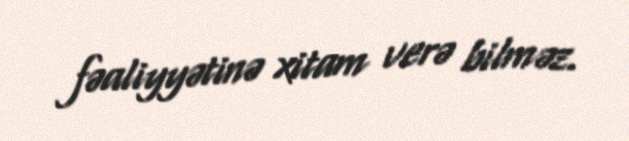
fəaliyyətinə xitam verə bilməz.